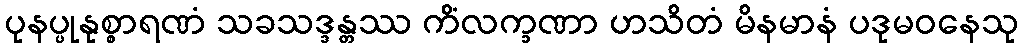
ပုနပ္ပုနုစ္စာရဏံ သခသဒ္ဒန္တဿ ကိံလက္ခဏာ ဟသိတံ မိနမာနံ ပဒုမဝနေသု